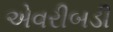
એવરીબડી